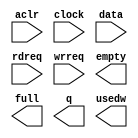
module altbramfifo_w129_d256 (
	aclr,
	clock,
	data,
	rdreq,
	wrreq,
	empty,
	full,
	q,
	usedw);

	input	  aclr;
	input	  clock;
	input	[128:0]  data;
	input	  rdreq;
	input	  wrreq;
	output	  empty;
	output	  full;
	output	[128:0]  q;
	output	[7:0]  usedw;

endmodule